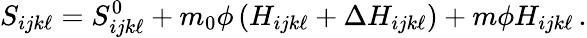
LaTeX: S_{ijk\ell}=S_{ijk\ell}^{0}+m_{0}\phi\left(H_{ijk\ell}+\Delta H_{ijk\ell}\right)+m\phi H_{ijk\ell}\, .